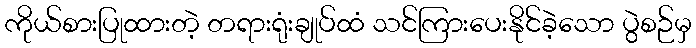
ကိုယ်စားပြုထားတဲ့ တရားရုံးချုပ်ထံ သင်ကြားပေးနိုင်ခဲ့သော ပွဲစဉ်မှ